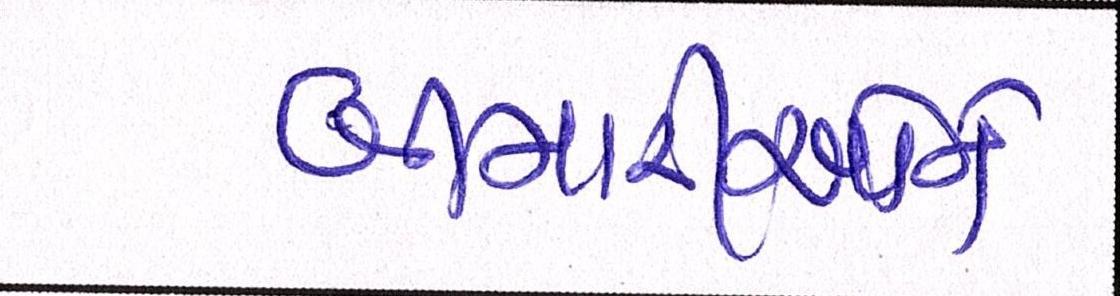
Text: બીમારીઓને